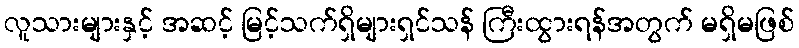
လူသားများနှင့် အဆင့် မြင့်သက်ရှိများရှင်သန် ကြီးထွားရန်အတွက် မရှိမဖြစ်